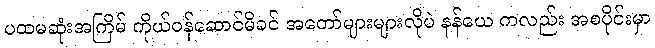
ပထမဆုံးအကြိမ် ကိုယ်ဝန်ဆောင်မိခင် အတော်များများလိုပဲ နန်ယေ ကလည်း အစပိုင်းမှာ